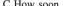
C.How soon